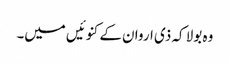
وہ بولا کہ ذی اروان کے کنوئیں میں۔